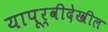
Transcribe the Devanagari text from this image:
यापूर्वीदेखील